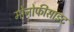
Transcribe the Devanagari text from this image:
मोनोफीसाइट